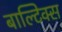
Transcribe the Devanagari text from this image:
बाल्टिक्स